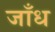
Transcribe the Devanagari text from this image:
जाँध